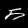
Digit: 5